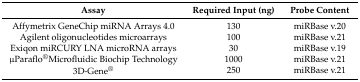
<table><thead><tr><td><b>Assay</b></td><td><b>Required Input (ng)</b></td><td><b>Probe Content</b></td></tr></thead><tbody><tr><td>Affymetrix GeneChip miRNA Arrays 4.0</td><td>130</td><td>miRBase v.20</td></tr><tr><td>Agilent oligonucleotides microarrays</td><td>100</td><td>miRBase v.21</td></tr><tr><td>Exiqon miRCURY LNA microRNA arrays</td><td>30</td><td>miRBase v.19</td></tr><tr><td>μParaflo<sup>®</sup>Microfluidic Biochip Technology</td><td>1000</td><td>miRBase v.21</td></tr><tr><td>3D-Gene<sup>®</sup></td><td>250</td><td>miRBase v.21</td></tr></tbody></table>